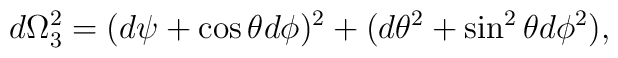
d\Omega_3^2 = (d\psi+\cos\theta d\phi)^2+(d\theta^2+\sin^2\theta d\phi^2),